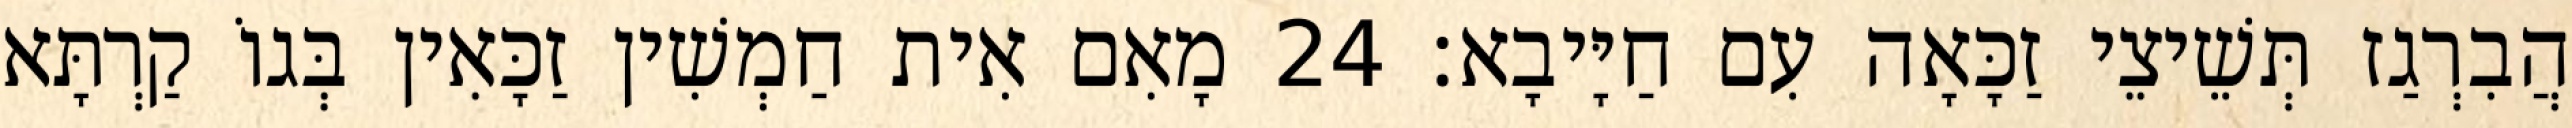
הֲבִרְגַז תְּשֵׁיצֵי זַכָּאָה עִם חַיָּיבָא׃ 24 מָאִם אִית חַמְשִׁין זַכָּאִין בְּגוֹ קַרְתָּא